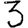
Digit: 3